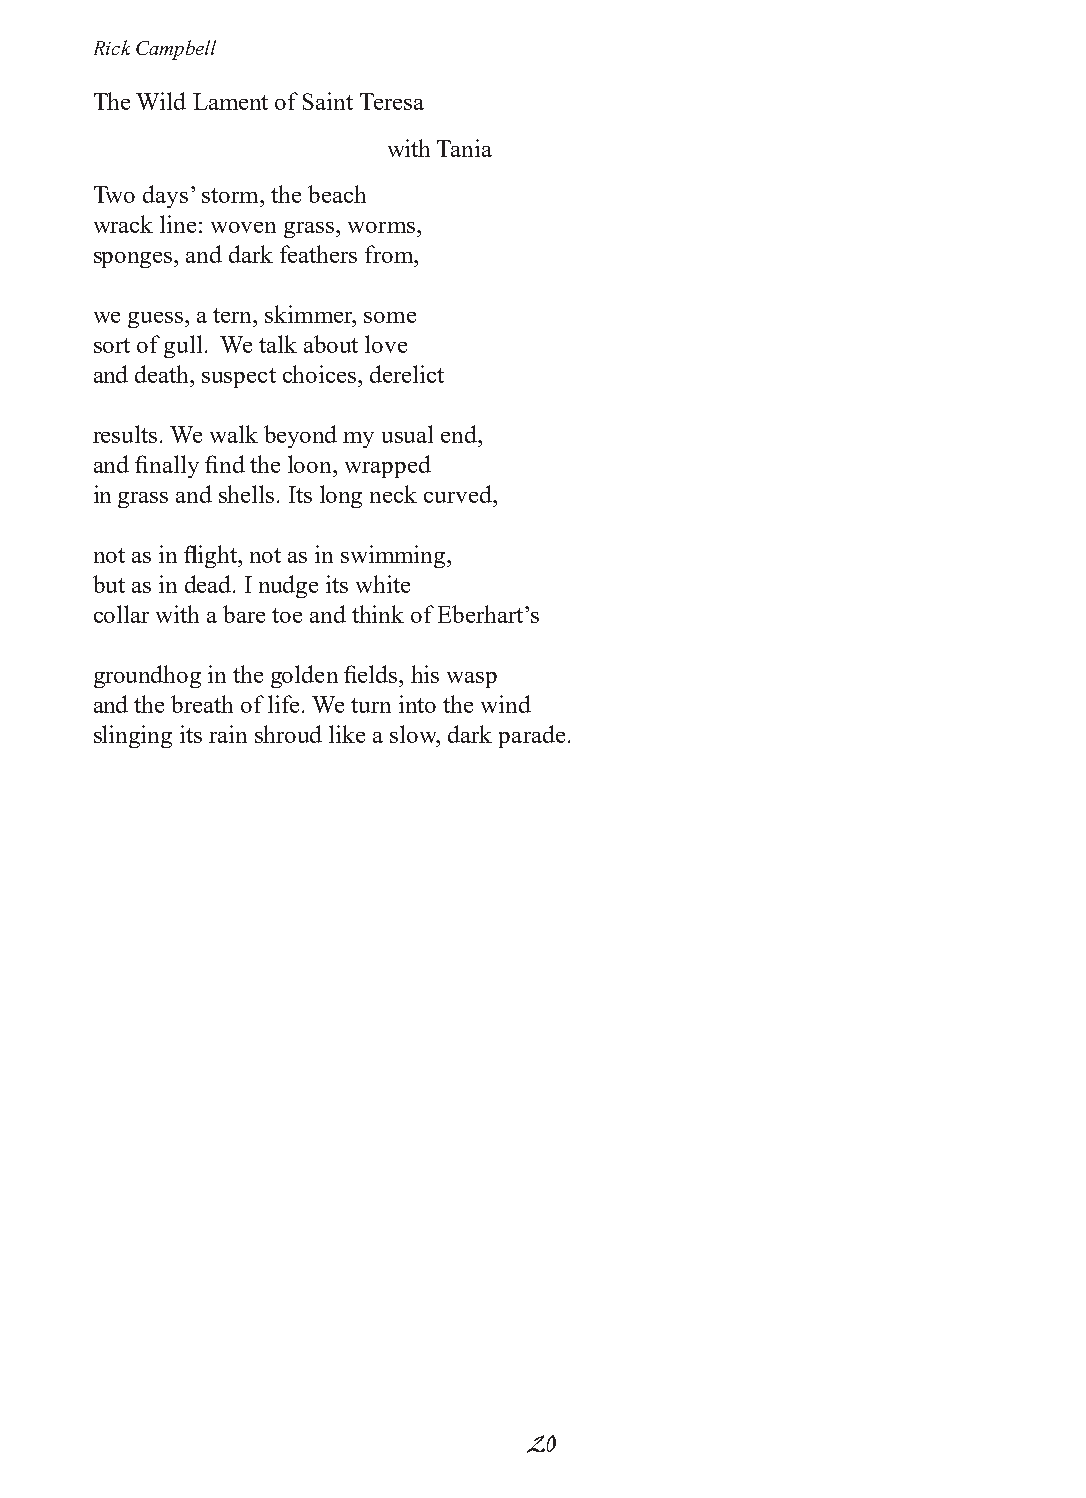
Rick Campbell
 The Wild Lament of Saint Teresa
 with Tania
 Two days’ storm, the beach
 wrack line: woven grass, worms,
 sponges, and dark feathers from,
 we guess, a tern, skimmer, some
 sort of gull. We talk about love
 and death, suspect choices, derelict
 results. We walk beyond my usual end,
 and finally find the loon, wrapped
 in grass and shells. Its long neck curved,
 not as in flight, not as in swimming,
 but as in dead. I nudge its white
 collar with a bare toe and think of Eberhart’s
 groundhog in the golden fields, his wasp
 and the breath of life. We turn into the wind
 slinging its rain shroud like a slow, dark parade.
 20